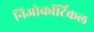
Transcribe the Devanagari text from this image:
निओकॉर्टिकल